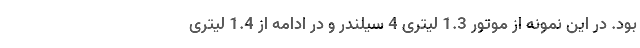
بود. در این نمونه از موتور 1.3 لیتری 4 سیلندر و در ادامه از 1.4 لیتری